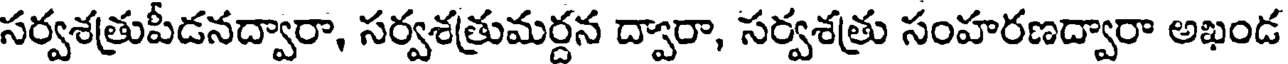
సర్వశత్రుపీడనద్వారా, సర్వశత్రుమర్దన ద్వారా, సర్వశత్రు సంహరణద్వారా అఖండ